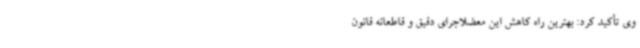
وی تأکید کرد: بهترین راه کاهش این معضلاجرای دقیق و ‌قاطعانه قانون